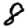
Digit: 8